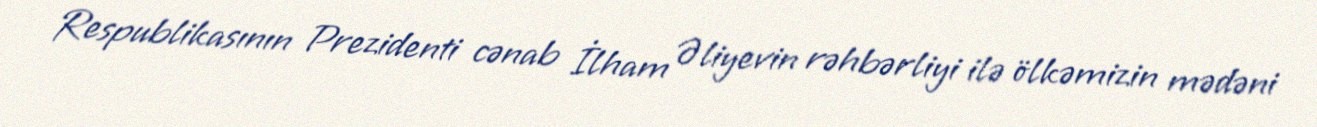
Respublikasının Prezidenti cənab İlham Əliyevin rəhbərliyi ilə ölkəmizin mədəni